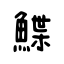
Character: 鰈